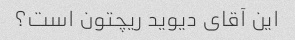
این آقای دیوید ریچتون است؟